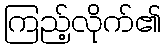
ကြည့်လိုက်၏